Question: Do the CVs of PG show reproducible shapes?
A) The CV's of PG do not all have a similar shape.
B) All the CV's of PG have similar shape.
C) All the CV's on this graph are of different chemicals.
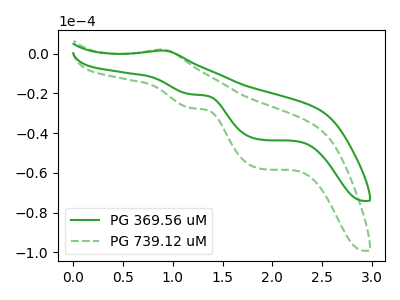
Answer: <think>The green curve "PG 369.56 uM" has an anodic peak at (0.90V, 1.55uA) and cathodic peaks at (1.20V, -20.50uA) (1.90V, -43.30uA). The green dashed curve "PG 739.12 uM" has an anodic peak at (0.90V, 2.05uA) and cathodic peaks at (1.20V, -27.40uA) (1.90V, -57.95uA).
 All the peaks in "PG 369.56 uM" have a peak in "PG 739.12 uM" at the same potential. Every peak in "PG 369.56 uM" is lower than every peak in "PG 739.12 uM".</think>
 <answer>B) All the CV's of "PG" have similar shape.</answer>
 <eval>B</eval>